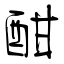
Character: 酣